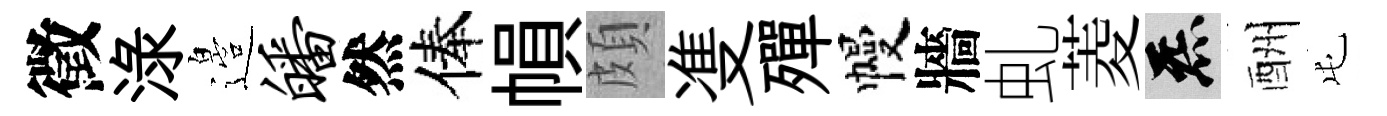
徵渌邉皤然俸𢄙頗㕠殫幔牆虬菱炁酬屯